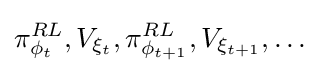
\pi _{\phi _{t}}^{RL},V_{\xi _{t}},\pi _{\phi _{t+1}}^{RL},V_{\xi _{t+1}},\dots